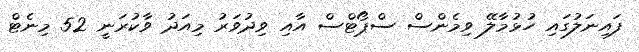
ފައިނަލުގައި ހުޅުމާލޭ ވިމެންސް ސްޕޯޓްސް އާއި ވިދުވަރު މިއަދު ވާކުރަނީ 52 މިނެޓް